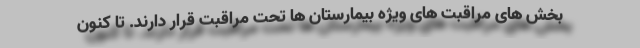
بخش های مراقبت های ویژه بیمارستان ها تحت مراقبت قرار دارند. تا کنون